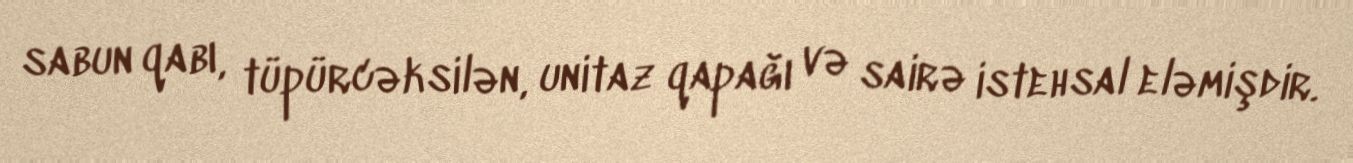
sabun qabı, tüpürcəksilən, unitaz qapağı və sairə istehsal eləmişdir.